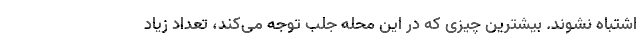
اشتباه نشوند. بیشترین چیزی که در این محله جلب توجه می‌کند، تعداد زیاد